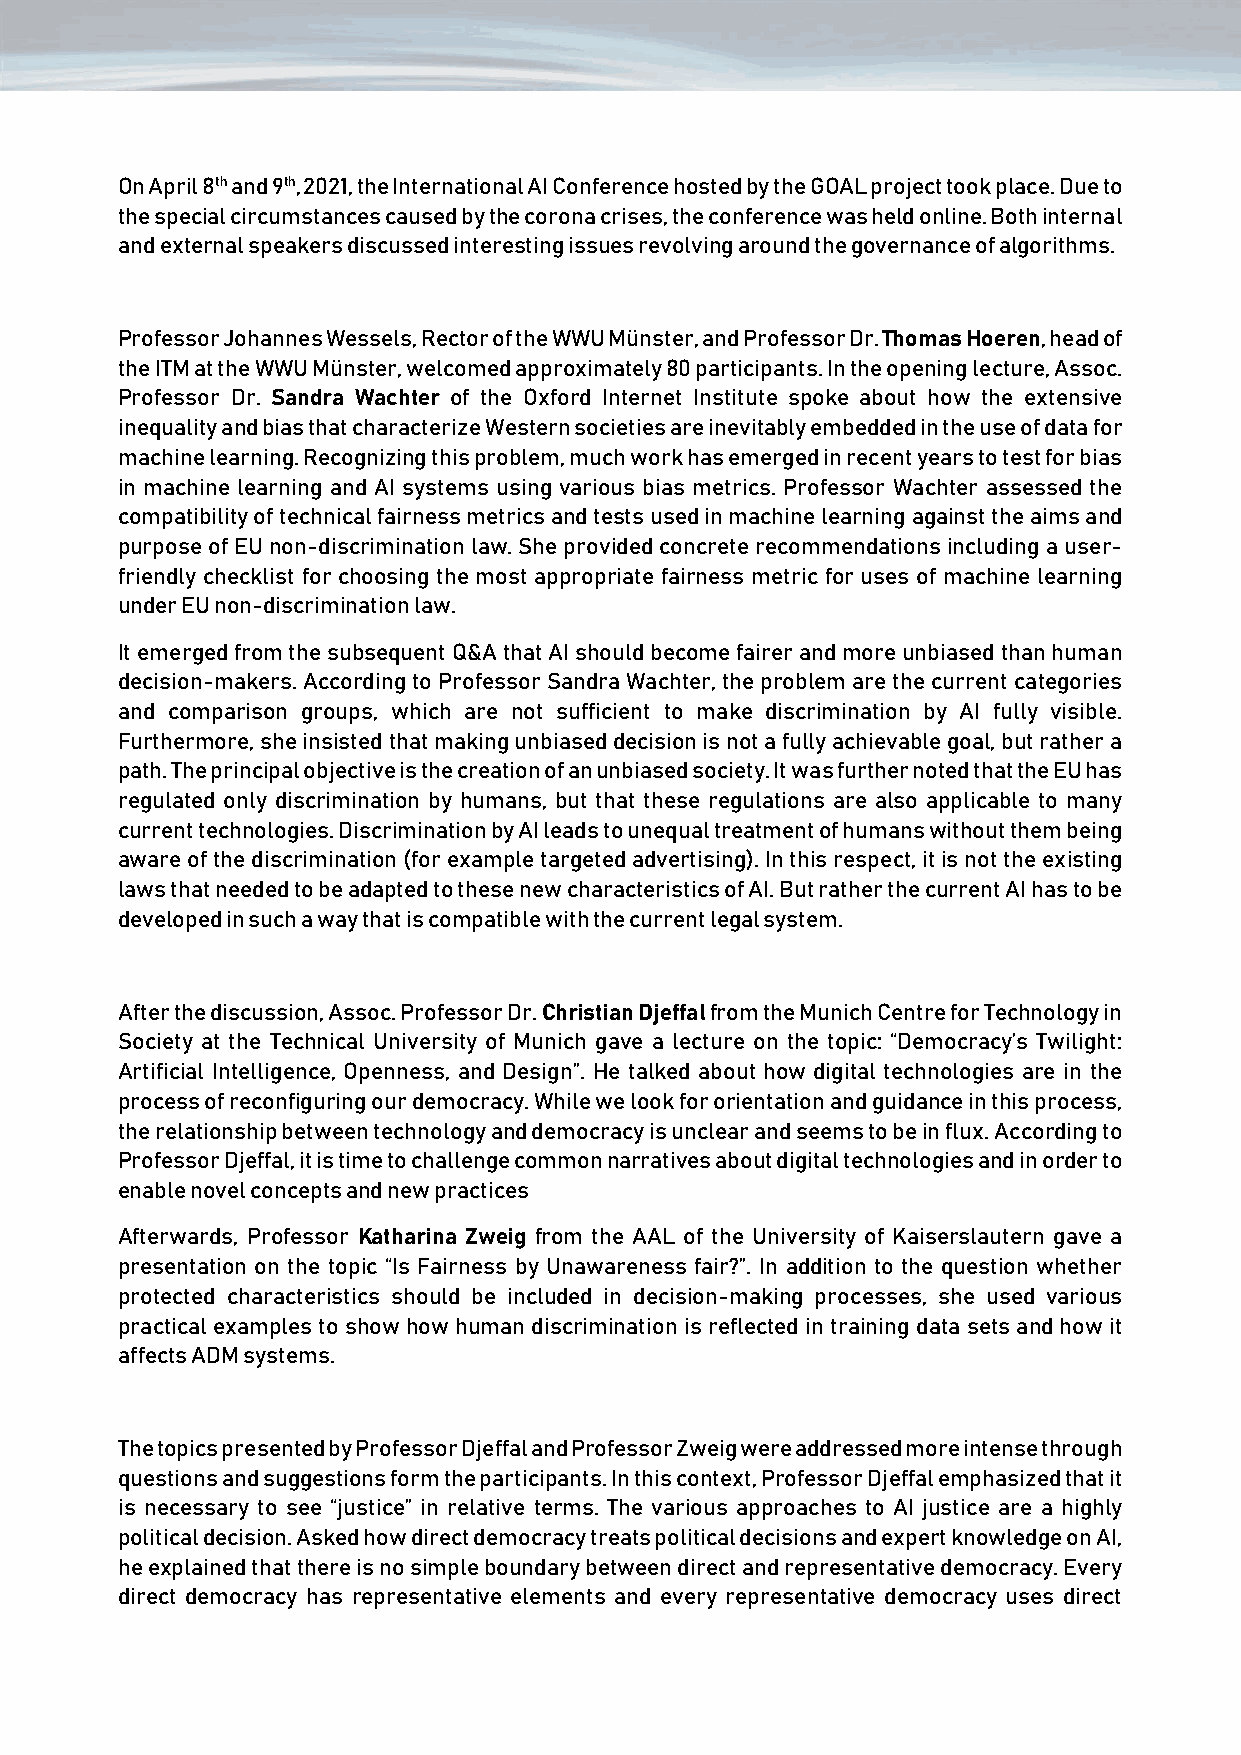
On April 8th and 9th, 2021, the International AI Conference hosted by the GOAL project took place. Due to
 the special circumstances caused by the corona crises, the conference was held online. Both internal
 and external speakers discussed interesting issues revolving around the governance of algorithms.
 Professor Johannes Wessels, Rector of the WWU Münster, and Professor Dr. Thomas Hoeren, head of
 the ITM at the WWU Münster, welcomed approximately 80 participants. In the opening lecture, Assoc.
 Professor Dr. Sandra Wachter of the Oxford Internet Institute spoke about how the extensive
 inequality and bias that characterize Western societies are inevitably embedded in the use of data for
 machine learning. Recognizing this problem, much work has emerged in recent years to test for bias
 in machine learning and AI systems using various bias metrics. Professor Wachter assessed the
 compatibility of technical fairness metrics and tests used in machine learning against the aims and
 purpose of EU non-discrimination law. She provided concrete recommendations including a user-
 friendly checklist for choosing the most appropriate fairness metric for uses of machine learning
 under EU non-discrimination law.
 It emerged from the subsequent Q&A that AI should become fairer and more unbiased than human
 decision-makers. According to Professor Sandra Wachter, the problem are the current categories
 and comparison groups, which are not sufficient to make discrimination by AI fully visible.
 Furthermore, she insisted that making unbiased decision is not a fully achievable goal, but rather a
 path. The principal objective is the creation of an unbiased society. It was further noted that the EU has
 regulated only discrimination by humans, but that these regulations are also applicable to many
 current technologies. Discrimination by AI leads to unequal treatment of humans without them being
 aware of the discrimination (for example targeted advertising). In this respect, it is not the existing
 laws that needed to be adapted to these new characteristics of AI. But rather the current AI has to be
 developed in such a way that is compatible with the current legal system.
 After the discussion, Assoc. Professor Dr. Christian Djeffal from the Munich Centre for Technology in
 Society at the Technical University of Munich gave a lecture on the topic: “Democracy’s Twilight:
 Artificial Intelligence, Openness, and Design”. He talked about how digital technologies are in the
 process of reconfiguring our democracy. While we look for orientation and guidance in this process,
 the relationship between technology and democracy is unclear and seems to be in flux. According to
 Professor Djeffal, it is time to challenge common narratives about digital technologies and in order to
 enable novel concepts and new practices
 Afterwards, Professor Katharina Zweig from the AAL of the University of Kaiserslautern gave a
 presentation on the topic “Is Fairness by Unawareness fair?”. In addition to the question whether
 protected characteristics should be included in decision-making processes, she used various
 practical examples to show how human discrimination is reflected in training data sets and how it
 affects ADM systems.
 The topics presented by Professor Djeffal and Professor Zweig were addressed more intense through
 questions and suggestions form the participants. In this context, Professor Djeffal emphasized that it
 is necessary to see “justice” in relative terms. The various approaches to AI justice are a highly
 political decision. Asked how direct democracy treats political decisions and expert knowledge on AI,
 he explained that there is no simple boundary between direct and representative democracy. Every
 direct democracy has representative elements and every representative democracy uses direct